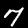
Label: 7